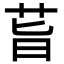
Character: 𦮂